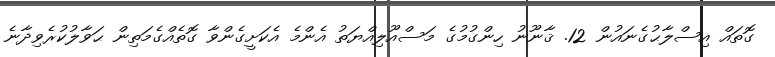
ގޮތައް އިސްލާޙުގެނައުން 12. ޤާނޫނު ހިންގުމުގެ މަސްއޫލިއްޔަތު އެންމެ އެކަށީގެންވާ ގޮތެއްގެމަތިން ޙަވާލުކުރެވިދާނެ